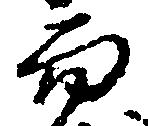
而